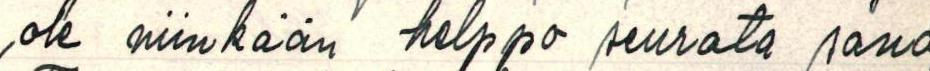
ole niinkään helppo seurata sano